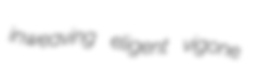
inweaving eligent vigone